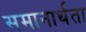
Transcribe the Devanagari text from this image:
समानार्थता